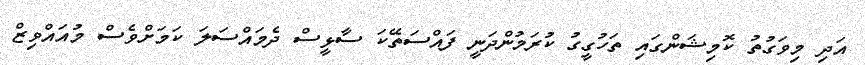
އަދި މިވަގުތު ކޮމިޝަންގައި ތަހުގީގު ކުރަމުންދަނީ ފައްސަތޭކަ ސާޅީސް ދެމައްސަލަ ކަމަށްވެސް މުއައްވިޒް